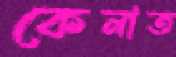
কেনাত